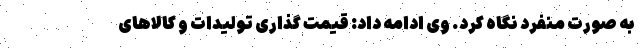
به صورت منفرد نگاه کرد. وی ادامه داد: قیمت گذاری تولیدات و کالاهای